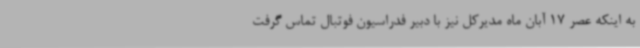
به اینکه عصر 17 آبان ماه مدیرکل نیز با دبیر فدراسیون فوتبال تماس گرفت